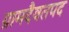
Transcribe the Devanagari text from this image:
ग्रामदैवतपद